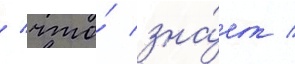
/ что́ зна́ет /